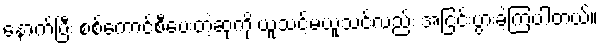
နောက်ပြီး စစ်ကောင်စီပေးတဲ့ဆုကို ယူသင့်မယူသင့်လည်း အငြင်းပွားခဲ့ကြပါတယ်။